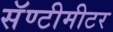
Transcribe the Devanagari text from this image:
सॅण्टीमीटर